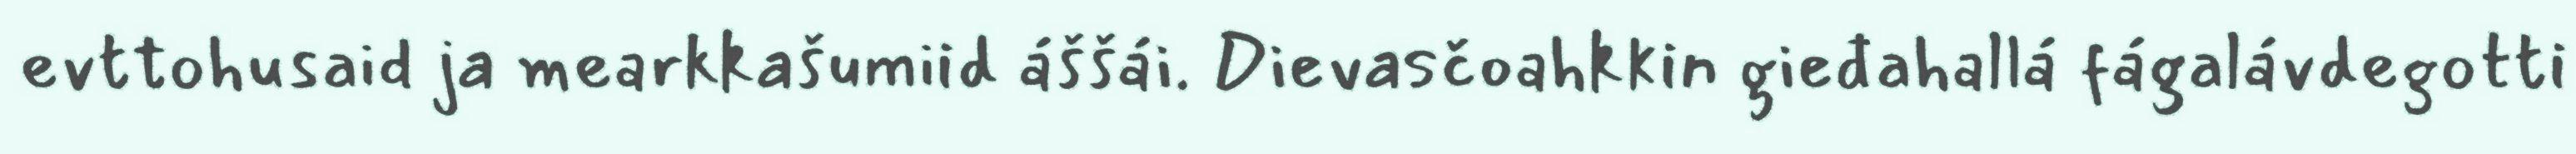
evttohusaid ja mearkkašumiid áššái. Dievasčoahkkin gieđahallá fágalávdegotti